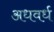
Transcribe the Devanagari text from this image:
अधवर्ध